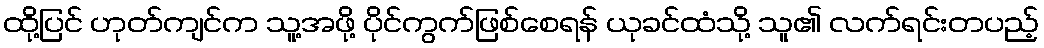
ထို့ပြင် ဟုတ်ကျင်က သူ့အဖို့ ပိုင်ကွက်ဖြစ်စေရန် ယုခင်ထံသို့ သူ၏ လက်ရင်းတပည့်